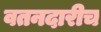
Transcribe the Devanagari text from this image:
वतनदारीच